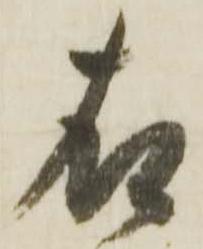
右